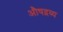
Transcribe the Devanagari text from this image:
औषद्रव्य